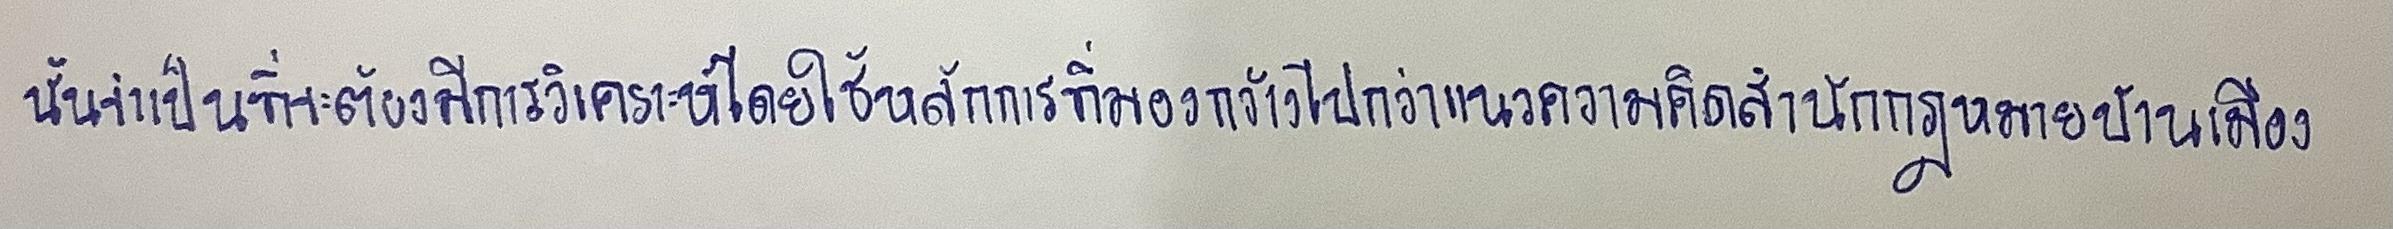
นั้นจำเป็นที่จะต้องมีการวิเคราะห์โดยใช้หลักการที่มองกว้างไปกว่าแนวความคิดสำนักกฎหมายบ้านเมือง